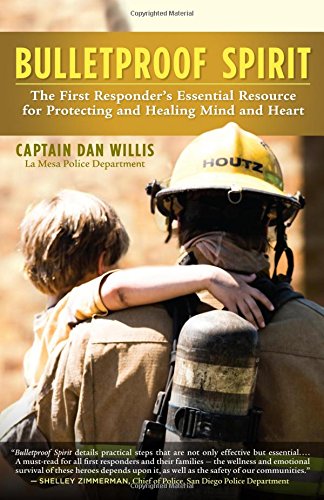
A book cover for Bulletproof Spirit: The First Responder's Essential Resource for Protecting and Healing Mind and Heart; Dan Willis; Self-Help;